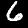
Digit: 6